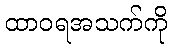
ထာဝရအသက်ကို